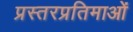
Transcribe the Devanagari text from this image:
प्रस्तरप्रतिमाओं